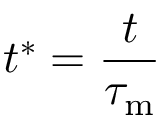
t ^ { * } = \frac { t } { \tau _ { \mathrm { m } } }